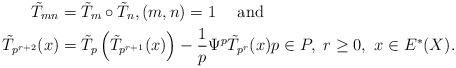
LaTeX: \begin{align*} \tilde{T}_{mn} &= \tilde{T}_m\circ \tilde{T}_n, (m,n) = 1\ \mbox{\ \ \ and} \\ \tilde{T}_{p^{r+2}}(x) &= \tilde{T}_p\left(\tilde{T}_{p^{r+1}}(x)\right) - \frac{1}{p}\Psi^p\tilde{T}_{p^r}(x) p\in P,\ r\geq 0,\ x\in E^*(X).\end{align*}